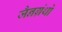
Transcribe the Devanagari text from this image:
जैनग्रंथो